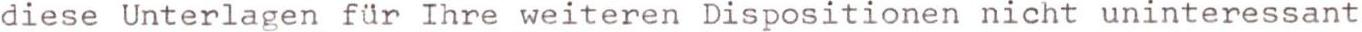
diese Unterlagen für Ihre weiteren Dispositionen nicht uninteressant